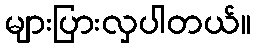
များပြားလှပါတယ်။